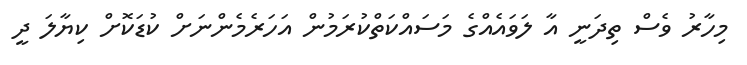
މިހާރު ވެސް ތިދަނީ އާ ލަވައެއްގެ މަސައްކަތްކުރަމުން އަހަރެމެންނަށް ކުޑަކޮށް ކިޔާލަ ދީ